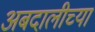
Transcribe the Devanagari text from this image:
अबदालीच्या